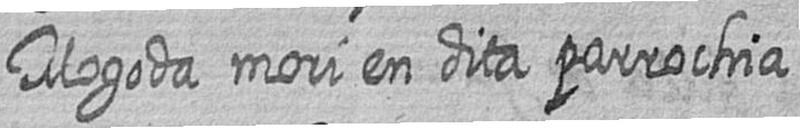
Mogoda mori en dita parrochia